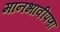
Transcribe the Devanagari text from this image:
मानभावीपणा